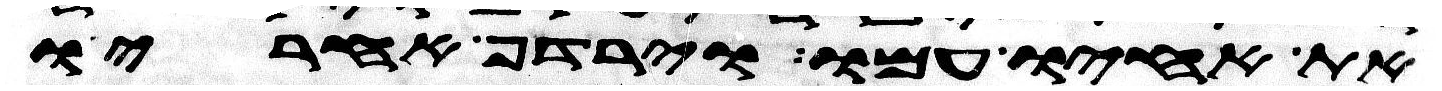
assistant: את אחיו עמו וירדף אחריו